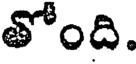
తోంది.